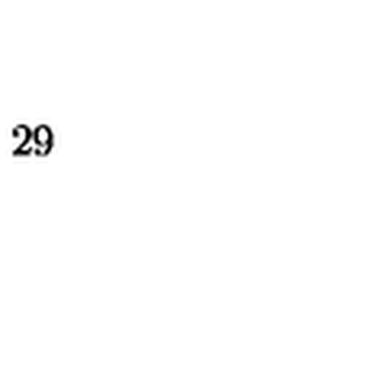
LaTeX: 2 9